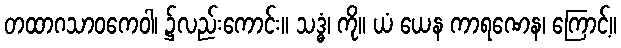
တထာဂသာဝကေဝါ၊ ၌လည်းကောင်း။ သဒ္ဓံ၊ ကို။ ယံ ယေန ကာရဏေန၊ ကြောင့်။